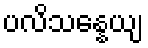
ပလိသန္နေယျ